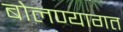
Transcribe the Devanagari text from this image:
बोलण्यागत